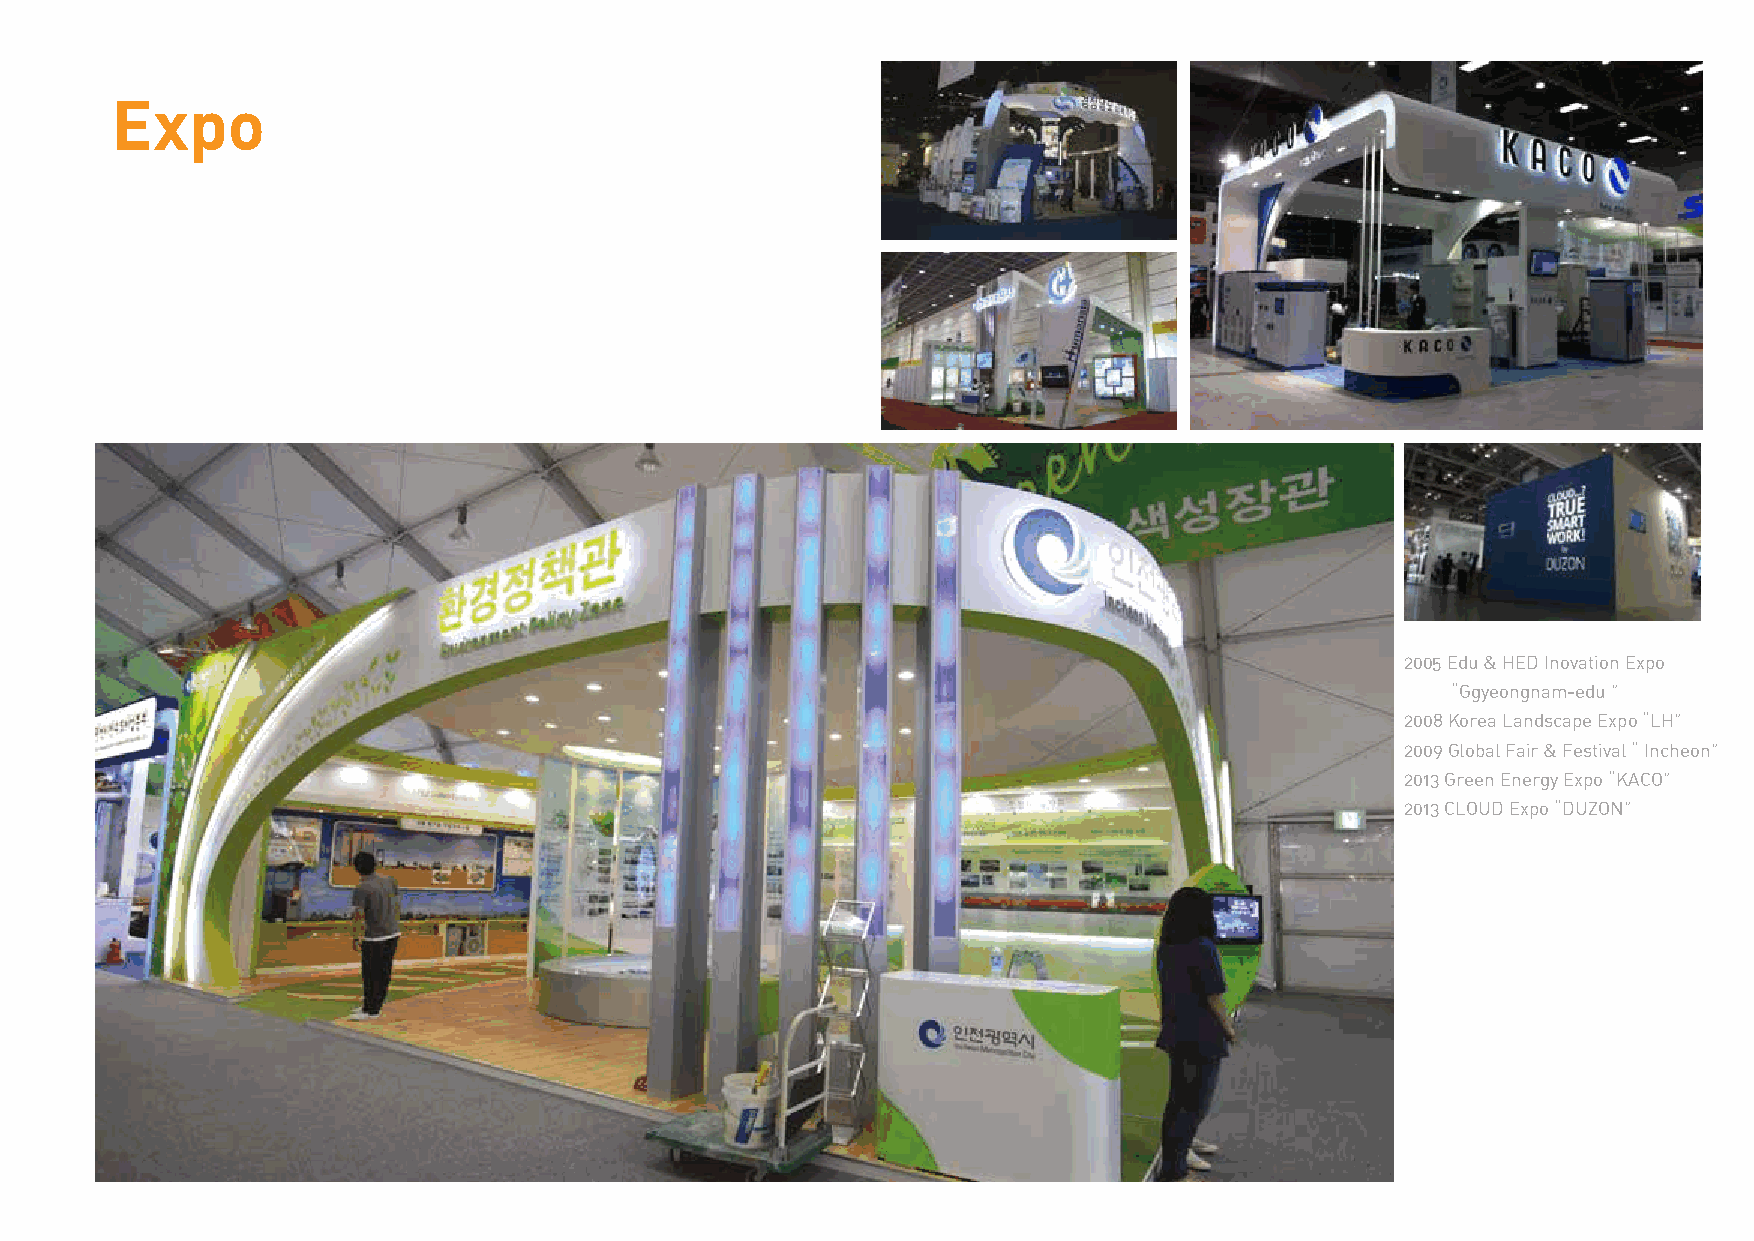
Expo
 2005 Edu & HED Inovation Expo
 “Ggyeongnam-edu ”
 2008 Korea Landscape Expo “LH”
 2009 Global Fair & Festival “ Incheon”
 2013 Green Energy Expo “KACO”
 2013 CLOUD Expo “DUZON”